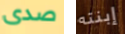
صدى إبنته